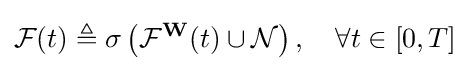
{\mathcal {F}}(t)\triangleq \sigma \left({\mathcal {F}}^{\mathbf {W} }(t)\cup {\mathcal {N}}\right),\quad \forall t\in [0,T]